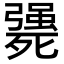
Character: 𣩴